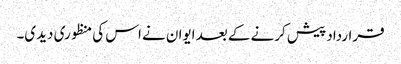
قرارداد پیش کرنے کے بعد ایوان نے اس کی منظوری دیدی۔